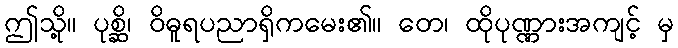
ဤသို့။ ပုစ္ဆိ၊ ဝိဓူရပညာရှိကမေး၏။ တေ၊ ထိုပုဏ္ဏားအကျင့် မှ